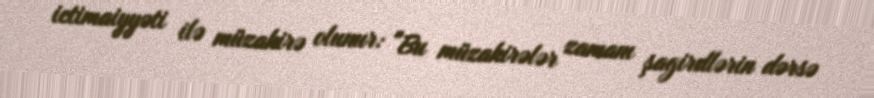
ictimaiyyəti ilə müzakirə olunur: "Bu müzakirələr zamanı şagirdlərin dərsə